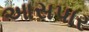
આસપાર